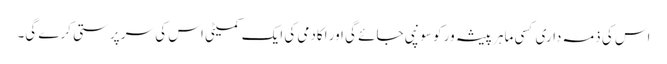
اس کی ذمہ داری کسی ماہر پیشہ ور کو سونپی جائے گی اور اکادمی کی ایک کمیٹی اس کی سر پرستی کرے گی۔